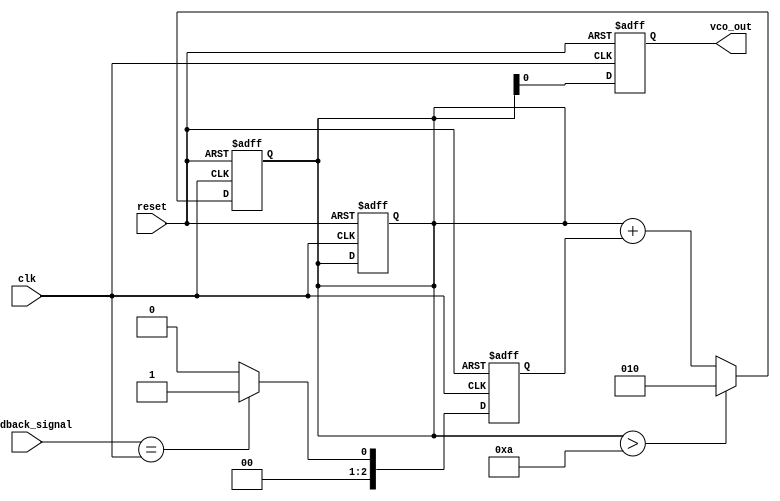
module PLL (
    input wire clk,             // Input clock signal (reference signal)
    input wire reset,           // Reset signal
    input wire feedback_signal,  // Feedback signal from VCO
    output reg vco_out          // Output signal from VCO
);

    // Parameters
    parameter integer MAX_PHASE = 8; // Maximum phase states
    parameter integer VCO_TUNING_RANGE = 10; // VCO tuning range

    // Phase Detector Error Signal
    wire [1:0] phase_error; // 2-bit phase error signal
    reg [2:0] phase_diff; // Phase difference
    reg [2:0] vco_control; // Control voltage to VCO

    // Memory Block (Simple Register Implementation)
    reg [3:0] phase_memory [0:MAX_PHASE-1]; // Stores phase information
    integer mem_index = 0; // Memory index

    // Voltage-Controlled Oscillator (VCO)
    always @(posedge clk or posedge reset) begin
        if (reset) begin
            vco_out <= 0;
            vco_control <= 0;
        end else begin
            // VCO logic: output is controlled by vco_control
            vco_out <= vco_control; // For simplicity, directly assigning
        end
    end

    // Phase Detector Logic
    always @(posedge clk or posedge reset) begin
        if (reset) begin
            phase_diff <= 0;
        end else begin
            // Simple phase detection logic (for example purposes)
            phase_diff <= (feedback_signal == clk) ? 1 : 0; // Example phase comparison
            phase_memory[mem_index] <= phase_diff; // Store phase information
            mem_index <= (mem_index + 1) % MAX_PHASE; // Circular memory indexing
        end
    end

    // Loop Filter Implementation
    always @(posedge clk or posedge reset) begin
        if (reset) begin
            vco_control <= 0;
        end else begin
            // Simple loop filter (example - can be changed to a more complex design)
            vco_control <= vco_control + phase_diff; // Adjust the control voltage
            if (vco_control > VCO_TUNING_RANGE) begin
                vco_control <= VCO_TUNING_RANGE; // Clamping
            end
        end
    end

endmodule